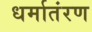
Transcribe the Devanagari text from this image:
धर्मातंरण